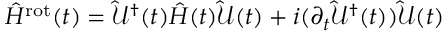
\hat { H } ^ { \mathrm { r o t } } ( t ) = \hat { \mathcal { U } } ^ { \dagger } ( t ) \hat { H } ( t ) \hat { \mathcal { U } } ( t ) + i ( \partial _ { t } \hat { \mathcal { U } } ^ { \dagger } ( t ) ) \hat { \mathcal { U } } ( t )